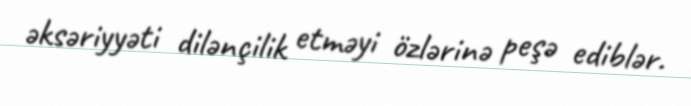
əksəriyyəti dilənçilik etməyi özlərinə peşə ediblər.